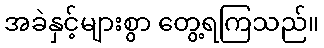
အခဲနှင့်များစွာ တွေ့ရကြသည်။